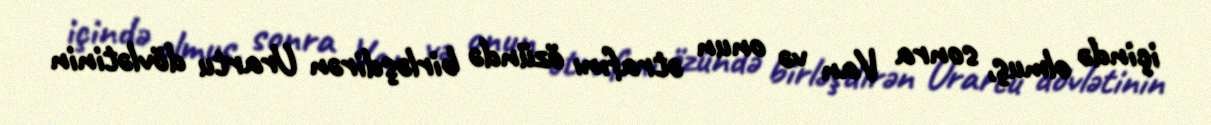
içində olmuş, sonra Van və onun ətrafını özündə birləşdirən Urartu dövlətinin